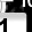
Digit: 1